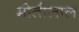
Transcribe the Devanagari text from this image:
माेतीलाल